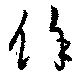
俆